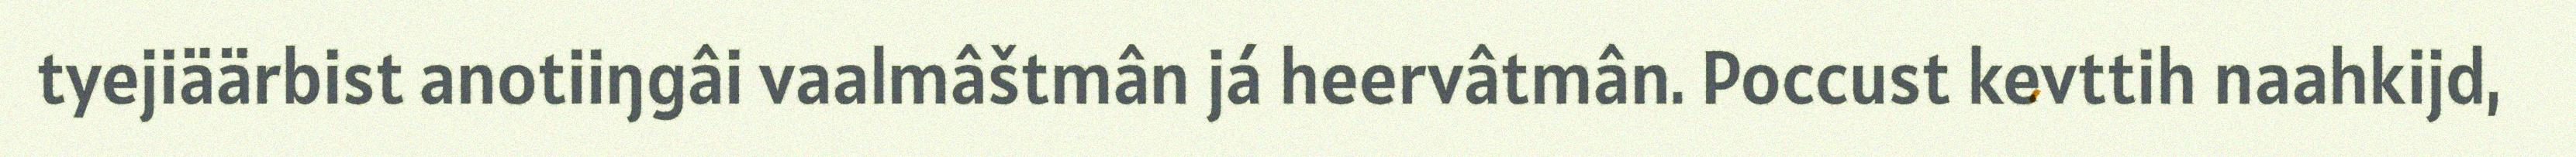
tyejiäärbist anotiiŋgâi vaalmâštmân já heervâtmân. Poccust kevttih naahkijd,